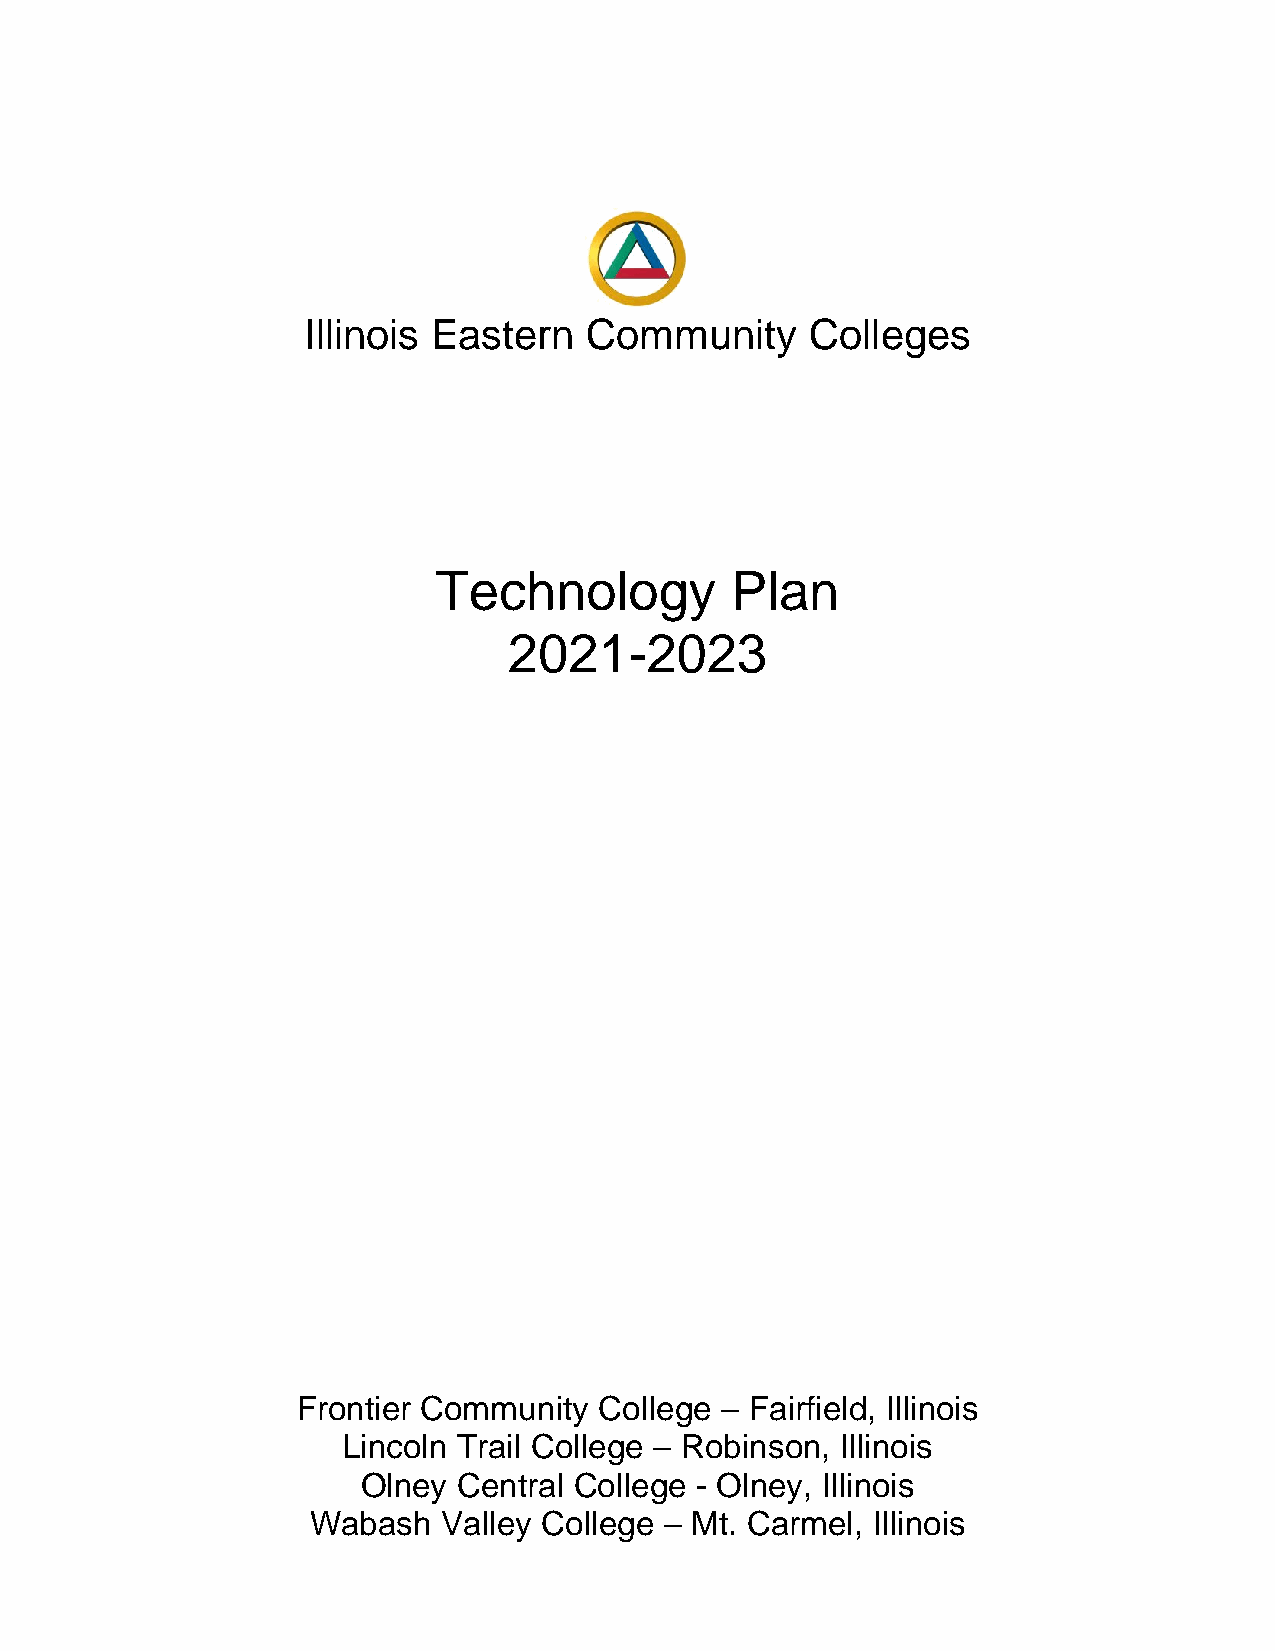
Illinois Eastern   Community      Colleges
 Technology         Plan
 2021-2023
 Frontier Community  College – Fairfield, Illinois
 Lincoln Trail College – Robinson, Illinois
 Olney Central College - Olney, Illinois
 Wabash   Valley College – Mt. Carmel, Illinois